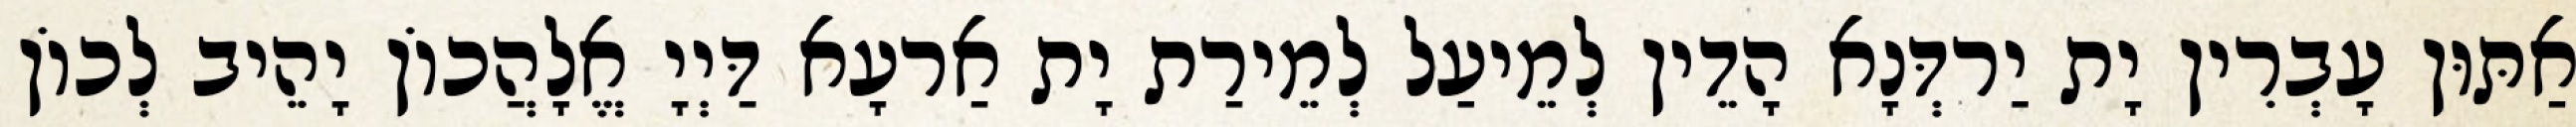
אַתּוּן עָבְרִין יָת יַרדְּנָא הָדֵין לְמֵיעַל לְמֵירַת יָת אַרעָא דַּיְיָ אֱלָהֲכוֹן יָהֵיב לְכוֹן